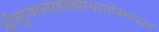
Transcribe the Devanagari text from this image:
श्रीकृष्णसहस्रनामस्तोत्रमन्त्रस्य